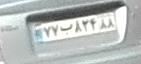
۷۷ب۸۲۴۸۸